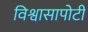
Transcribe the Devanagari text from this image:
विश्वासापोटी